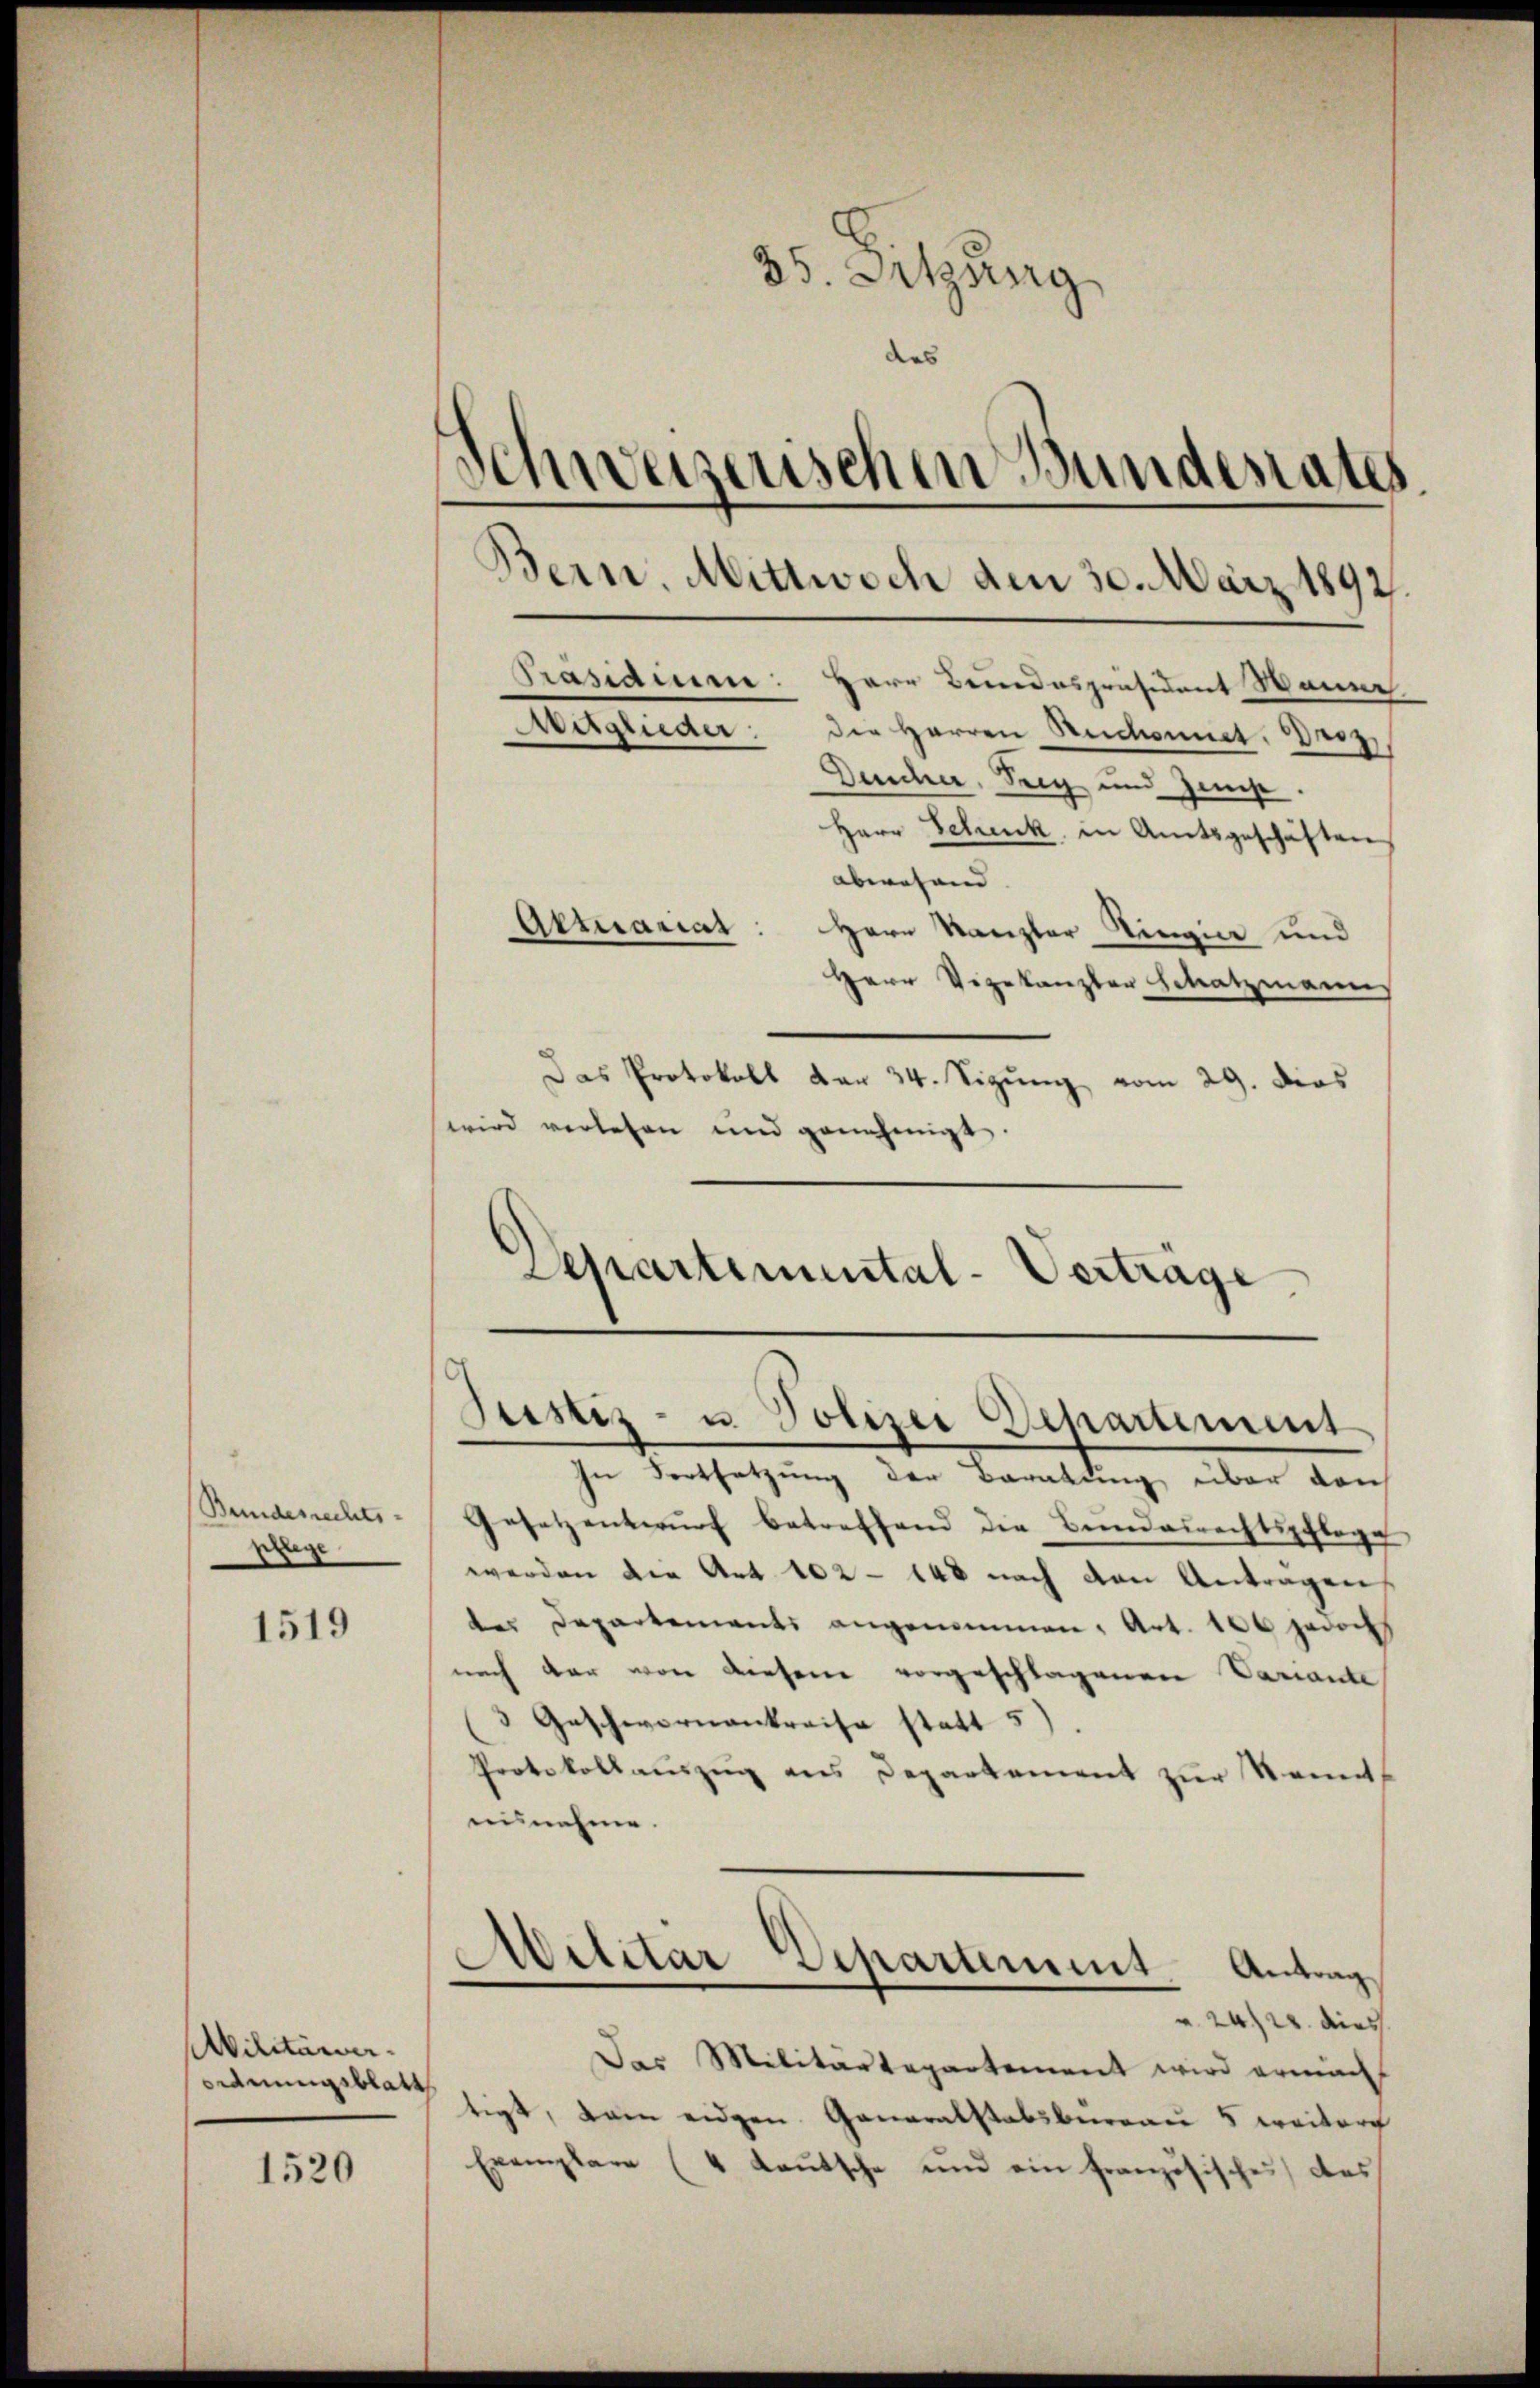
Bundesrechts-
g

1519

Militärver-
ordnungsblatt

1520

35. Setzung
des
Schweizenschen Bunderates

In Fortsetzung der Beratung über dan
Gesetzentwurf betreffend die Bundesrechtspflege
werden die Art. 102 - 148 nach von Antragen
der Departements angenommen, Art. 100 jedoch
nach der von diesem vorgeschlagenen Variante
3 Geschwornankreise statt 5).
Protokollauszug aus Departement zur Kennt
nisnehme.
Militar Departement
Antrag
 2420. dies
Das Militärtepartement wird ermacht
tigt, kam eidgen Generalstabsbureau 5 weitere
Exemplare (4 Laŭtsche und ein französisches des

Präsidium: Herr Bundespräsident Manne
Mitglieder: die Herren Rechennet: Drey
Deucher, Prey und Zins.
Herr Schenk in Amtsgeschäften
abwesend |
Getuariat: Hern Kanzler Ringier und
Herr Vizekanzler Betratzmanns
Das Protokoll dar 34. Sizŭng vom 29. dies
wird verlesen und genehmigt.
Departimental-Verträge

Bern. Mittwoch den 30. März 1892

Justiz- u. Polizei Departement